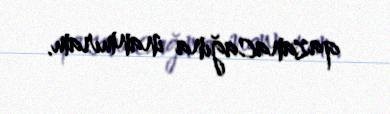
qazanacağına inanmıram.